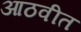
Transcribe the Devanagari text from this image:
आठवीत